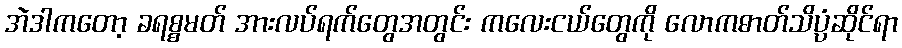
အဲဒါကတော့ ခရစ္စမတ် အားလပ်ရက်တွေအတွင်း ကလေးငယ်တွေကို လောကဓာတ်သိပ္ပံဆိုင်ရာ